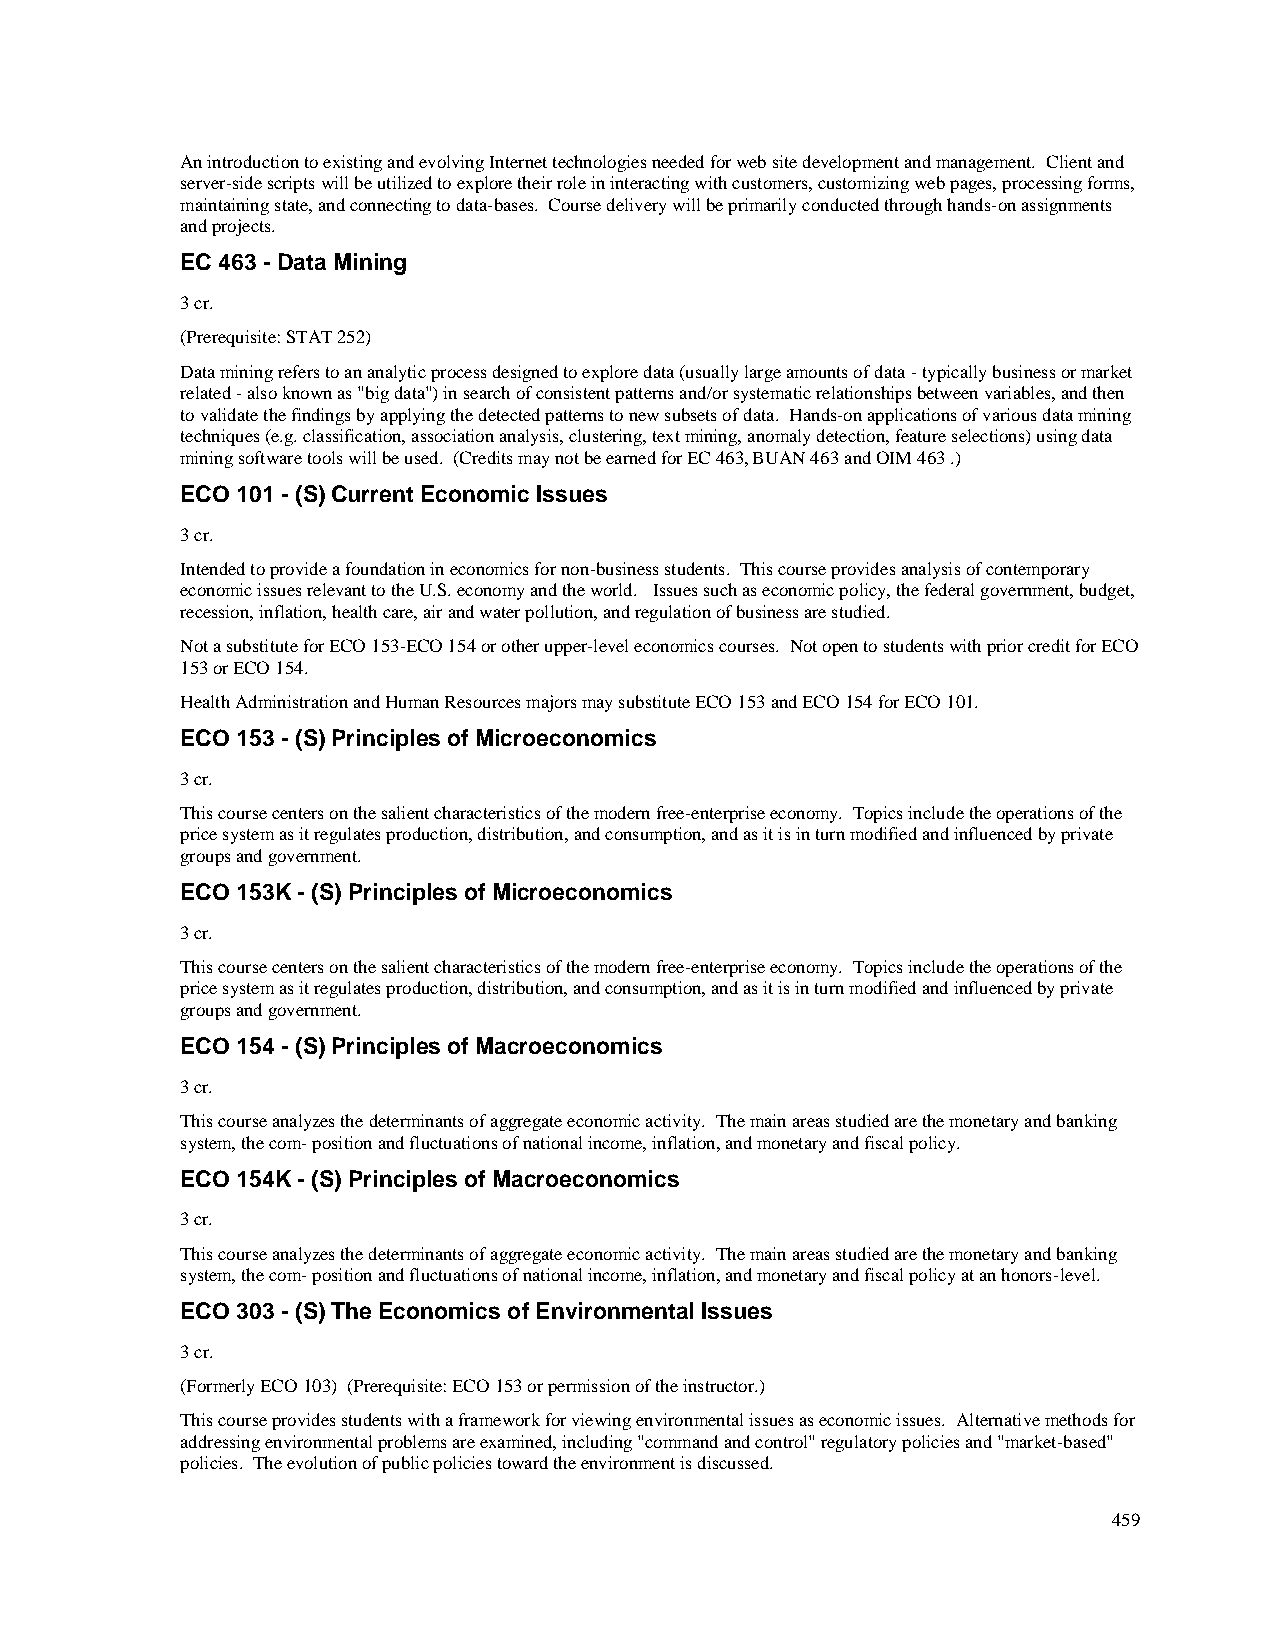
An introduction to existing and evolving Internet technologies needed for web site development and management. Client and
 server-side scripts will be utilized to explore their role in interacting with customers, customizing web pages, processing forms,
 maintaining state, and connecting to data-bases. Course delivery will be primarily conducted through hands-on assignments
 and projects.
 EC 463 - Data Mining
 3 cr.
 (Prerequisite: STAT 252)
 Data mining refers to an analytic process designed to explore data (usually large amounts of data - typically business or market
 related - also known as "big data") in search of consistent patterns and/or systematic relationships between variables, and then
 to validate the findings by applying the detected patterns to new subsets of data. Hands-on applications of various data mining
 techniques (e.g. classification, association analysis, clustering, text mining, anomaly detection, feature selections) using data
 mining software tools will be used. (Credits may not be earned for EC 463, BUAN 463 and OIM 463 .)
 ECO 101 - (S) Current Economic Issues
 3 cr.
 Intended to provide a foundation in economics for non-business students. This course provides analysis of contemporary
 economic issues relevant to the U.S. economy and the world. Issues such as economic policy, the federal government, budget,
 recession, inflation, health care, air and water pollution, and regulation of business are studied.
 Not a substitute for ECO 153-ECO 154 or other upper-level economics courses. Not open to students with prior credit for ECO
 153 or ECO 154.
 Health Administration and Human Resources majors may substitute ECO 153 and ECO 154 for ECO 101.
 ECO 153 - (S) Principles of Microeconomics
 3 cr.
 This course centers on the salient characteristics of the modern free-enterprise economy. Topics include the operations of the
 price system as it regulates production, distribution, and consumption, and as it is in turn modified and influenced by private
 groups and government.
 ECO 153K - (S) Principles of Microeconomics
 3 cr.
 This course centers on the salient characteristics of the modern free-enterprise economy. Topics include the operations of the
 price system as it regulates production, distribution, and consumption, and as it is in turn modified and influenced by private
 groups and government.
 ECO 154 - (S) Principles of Macroeconomics
 3 cr.
 This course analyzes the determinants of aggregate economic activity. The main areas studied are the monetary and banking
 system, the com- position and fluctuations of national income, inflation, and monetary and fiscal policy.
 ECO 154K - (S) Principles of Macroeconomics
 3 cr.
 This course analyzes the determinants of aggregate economic activity. The main areas studied are the monetary and banking
 system, the com- position and fluctuations of national income, inflation, and monetary and fiscal policy at an honors-level.
 ECO 303 - (S) The Economics of Environmental Issues
 3 cr.
 (Formerly ECO 103) (Prerequisite: ECO 153 or permission of the instructor.)
 This course provides students with a framework for viewing environmental issues as economic issues. Alternative methods for
 addressing environmental problems are examined, including "command and control" regulatory policies and "market-based"
 policies. The evolution of public policies toward the environment is discussed.
 459